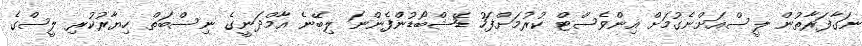
ނަގާފަރާތުން ލީސްއަށްނެގުމަށް އިންވެސްޓް ކުރުމަށްފަހު ޑޭޝްބޯޑުންފެންނަ ލިބޭނެ އާމްދަނީގެ ނިސްބަތް ހިޔާރުކުރި ލީސްގެ